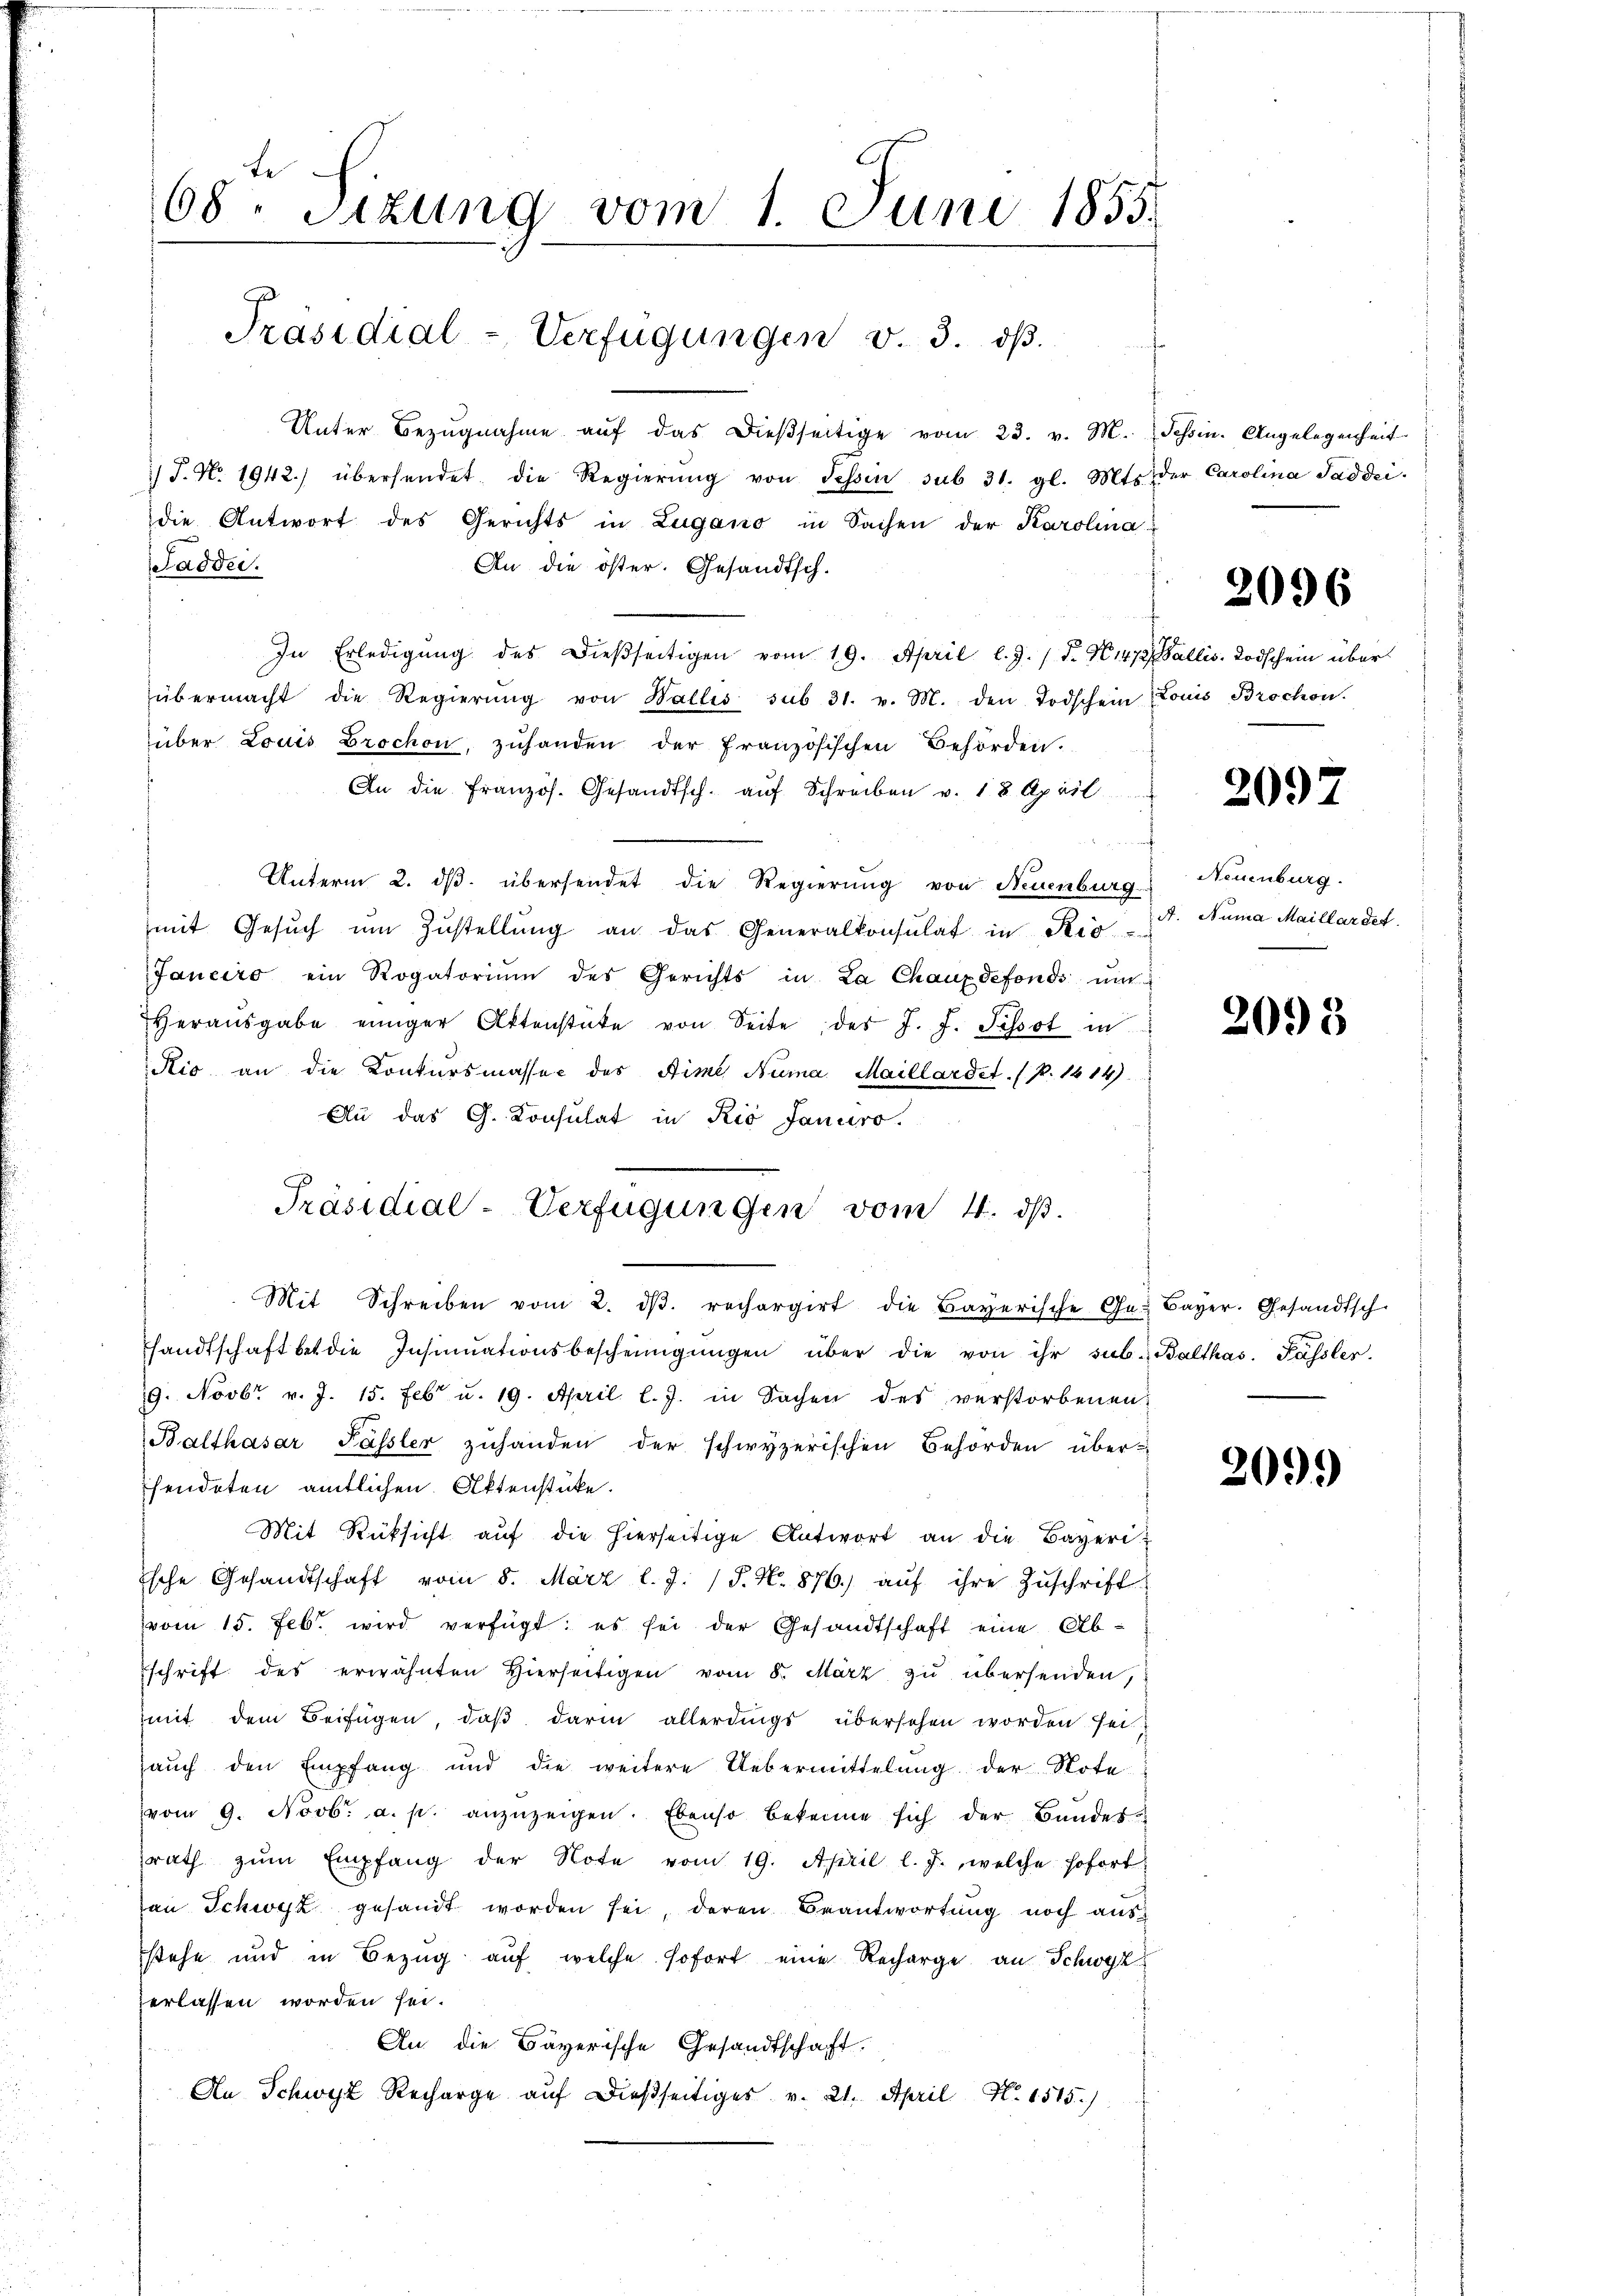
te
68. Sizung vom 1. Juni 1855.

Präsidial-Verfügungen v. 3. dβ.

Unter Bezŭgnahme aŭf das dießseitige vom 23. v. M.
) J. N. 1942) übersendet die Regierŭng von Schon sub 31. gl. Mts.
die Antwort des Gerichts in Zugano in Sachen der Karolina
Sadder.
An die öster. Gesandtsch.
In Erledigung des dießseitigen vom 19. April l. J. (T. K.472 Wallis. Todschein über
übermacht die Regierŭng von Wallis sub 31. v. M. den Todschein (Louis Brochen.
über Louis Brochen, zŭhanden der französischen Behörden.
An die französ. Gesandtsch. aŭf Schreiben v. 18 April
Unterm 2. ds. übersendet die Regierung von Neuenburg
mit Gesŭch ŭm Zŭstellŭng an das Generalkonsulat in Rio
Janeiro ein Rogatoriŭm des Gerichts in La Chauxdefonds um
Heraŭsgabe einiger Aktenstüke von Seite des J. J. Pissot in
Kio an die Konkursmasse des Aime Numa Maillardet. (p. 1414).
Au das G. Consulat in Rio Januro.
Mit Schreiben vom 2. dβ. rechargirt die Bayerische Ge- Bayer. Gesandtsch-
sandtschaft bet die Insinuationsbescheinigŭngen über die von ihr sub. Balthas. Passler.
9. Novbr v. J. 15. Feb u. 19. April l. J. in Sachen des verstorbenen
Balthasar Passler zuhanden der schwyzerischen Behörden über-
fendeten amtlichen Aktenstücke.
Mit Rüksicht aŭf die hierseitige Antwort an die Bayeriische Gesandtschaft vom 8. März l. J. J. N. 876. aŭf ihre Zŭschrift
vom 15. Febr. wird verfügt: es sei der Gesandtschaft eine Abschrift des erwähnten Hierseitigen vom 8. März zu übersenden,
mit dem Beifügen, daβ darin allerdings übersehen worden sei
aŭch den Empfang und die weitere Uebermittelŭng der Note
vom 9. Novbr. a. p. anzuzeigen. Ebenso bekenne sich der Bandes-
rath zŭm Empfang der Note vom 19. April l. J., welche sofort
an Schwyz gesandt worden sei, deren Beantwortung noch aus-
stehe und in Bezug auf welche sofort eine Recharge an Schwyz
zerlassen worden sei.
An die Bayerische Gesandtschaft.
An Schwyz Recharge aŭf dießseitiges v. 21. April N. 1515.)

Präsidial-Verfügungen vom 4. dβ.

Tessin. Angelegenheit
der Carolina Saddii.

2096

2097

Neuenburg.
A. Numa Maillardet.

2093

2099